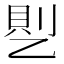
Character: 𰁊